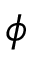
\phi